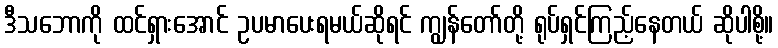
ဒီသဘောကို ထင်ရှားအောင် ဥပမာပေးရမယ်ဆိုရင် ကျွန်တော်တို့ ရုပ်ရှင်ကြည့်နေတယ် ဆိုပါစို့။